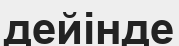
дейінде